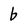
Character: b